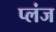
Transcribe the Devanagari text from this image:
प्लंज